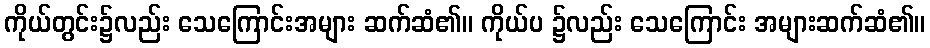
ကိုယ်တွင်း၌လည်း သေကြောင်းအများ ဆက်ဆံ၏။ ကိုယ်ပ ၌လည်း သေကြောင်း အများဆက်ဆံ၏။